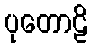
ပုတောဠိ